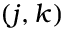
( j , k )